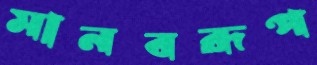
মানবরূপ